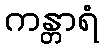
ကန္တာရံ